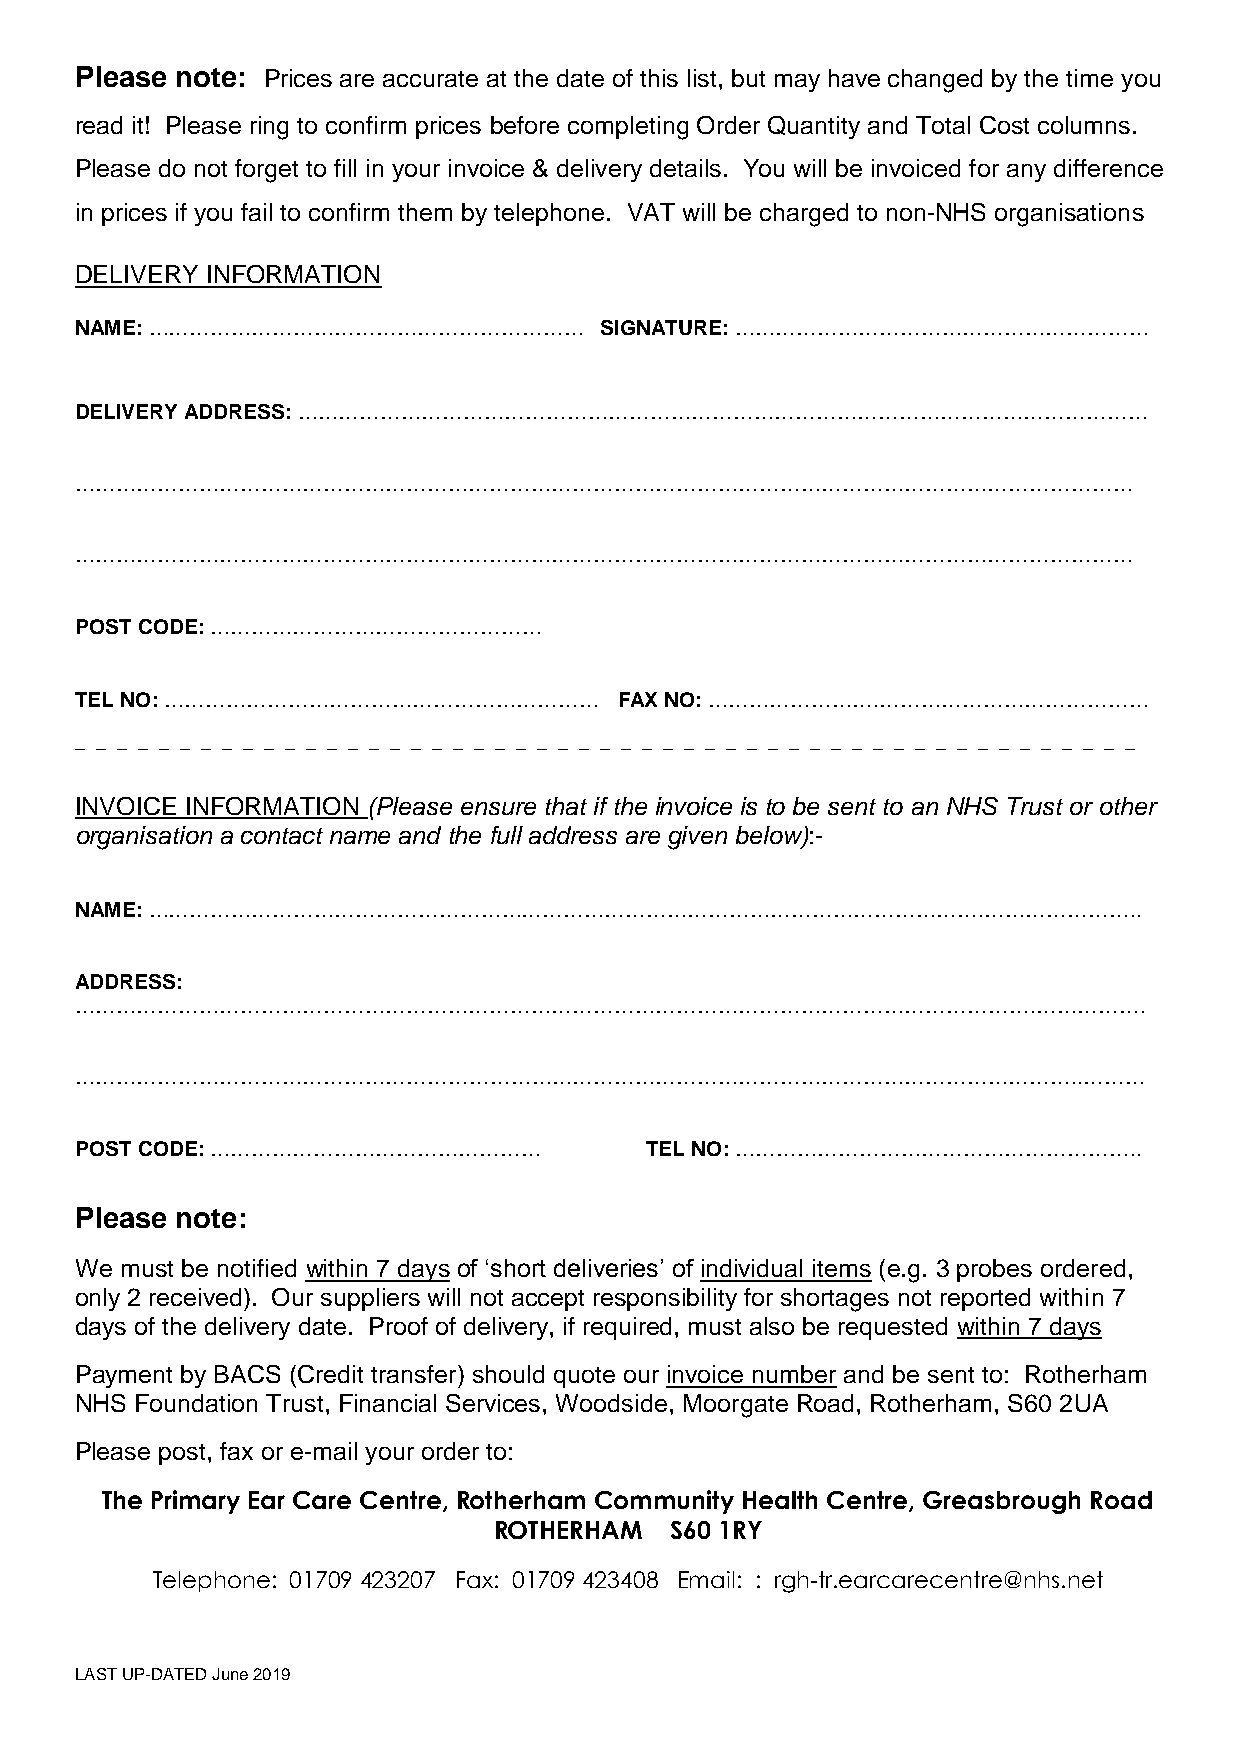
Please note: Prices are accurate at the date of this list, but may have changed by the time you
 read it! Please ring to confirm prices before completing Order Quantity and Total Cost columns.
 Please do not forget to fill in your invoice & delivery details. You will be invoiced for any difference
 in prices if you fail to confirm them by telephone. VAT will be charged to non-NHS organisations
 DELIVERY INFORMATION
 NAME: ………………………………………………………        SIGNATURE: ……………………………………………………
 DELIVERY ADDRESS: ……………………………………………………………………………………………………………
 ………………………………………………………………………………………………………………………………………
 ………………………………………………………………………………………………………………………………………
 POST CODE: …………………………………………
 TEL NO: ………………………………………………………       FAX NO: …………………….…………………………………
 — — — — — — — — — — — — — — — — — — — — — — — — — — — — — — — — — — — — — — — — — — — — — — — — — — —
 INVOICE INFORMATION (Please ensure that if the invoice is to be sent to an NHS Trust or other
 organisation a contact name and the full address are given below):-
 NAME: ………………………………………………………………………………………………………….…………………..
 ADDRESS:
 ………………………………………………………………………………………………………………………….…………….
 ………………………………………………………………………………………………………………………………..………
 POST CODE: …………………………………………           TEL NO: …………………………………………………..
 Please note:
 We must be notified within 7 days of ‘short deliveries’ of individual items (e.g. 3 probes ordered,
 only 2 received). Our suppliers will not accept responsibility for shortages not reported within 7
 days of the delivery date. Proof of delivery, if required, must also be requested within 7 days
 Payment by BACS (Credit transfer) should quote our invoice number and be sent to: Rotherham
 NHS Foundation Trust, Financial Services, Woodside, Moorgate Road, Rotherham, S60 2UA
 Please post, fax or e-mail your order to:
 The Primary Ear Care Centre, Rotherham Community Health Centre, Greasbrough Road
 ROTHERHAM  S60 1RY
 Telephone: 01709 423207 Fax: 01709 423408 Email: : rgh-tr.earcarecentre@nhs.net
 LAST UP-DATED June 2019